Lunatic asylums in Bengal annual reports 1912-1924 - 1912-1924
Year: 1912
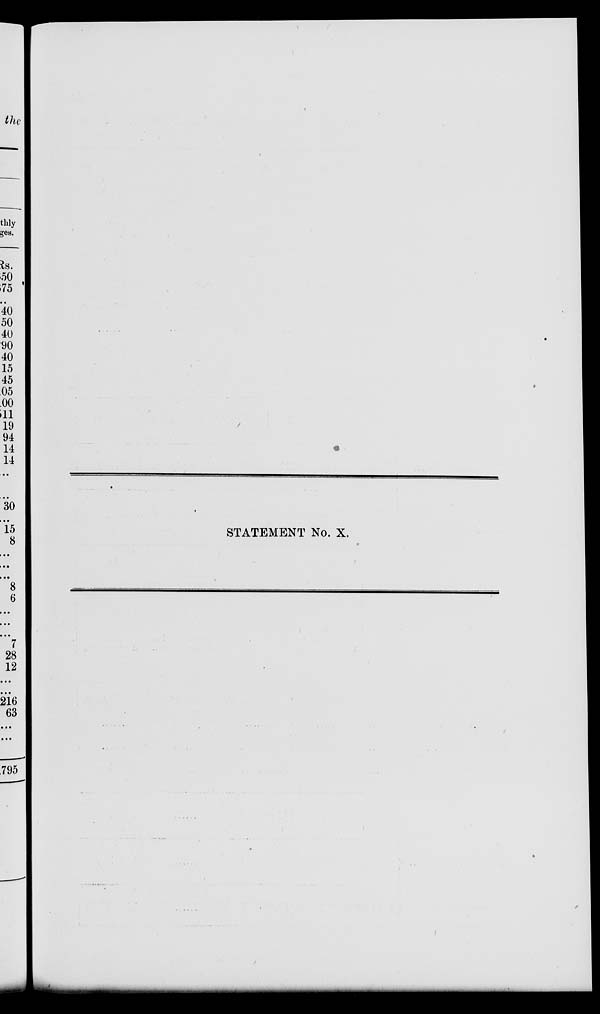
STATEMENT No. X.